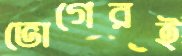
ভোগেরই